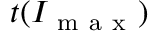
t ( I _ { \mathrm { ~ m ~ a ~ x ~ } } )